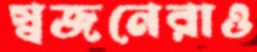
স্বজনেরাও